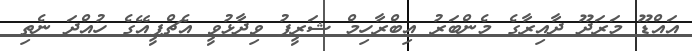
އައްޑޫ މަރަދޫ ދާއިރާގެ މެންބަރު އިބްރާހިމް ޝަރީފު ވިދާޅުވީ އެޗްޕީއޭގެ ހުއްދަ ނެތި